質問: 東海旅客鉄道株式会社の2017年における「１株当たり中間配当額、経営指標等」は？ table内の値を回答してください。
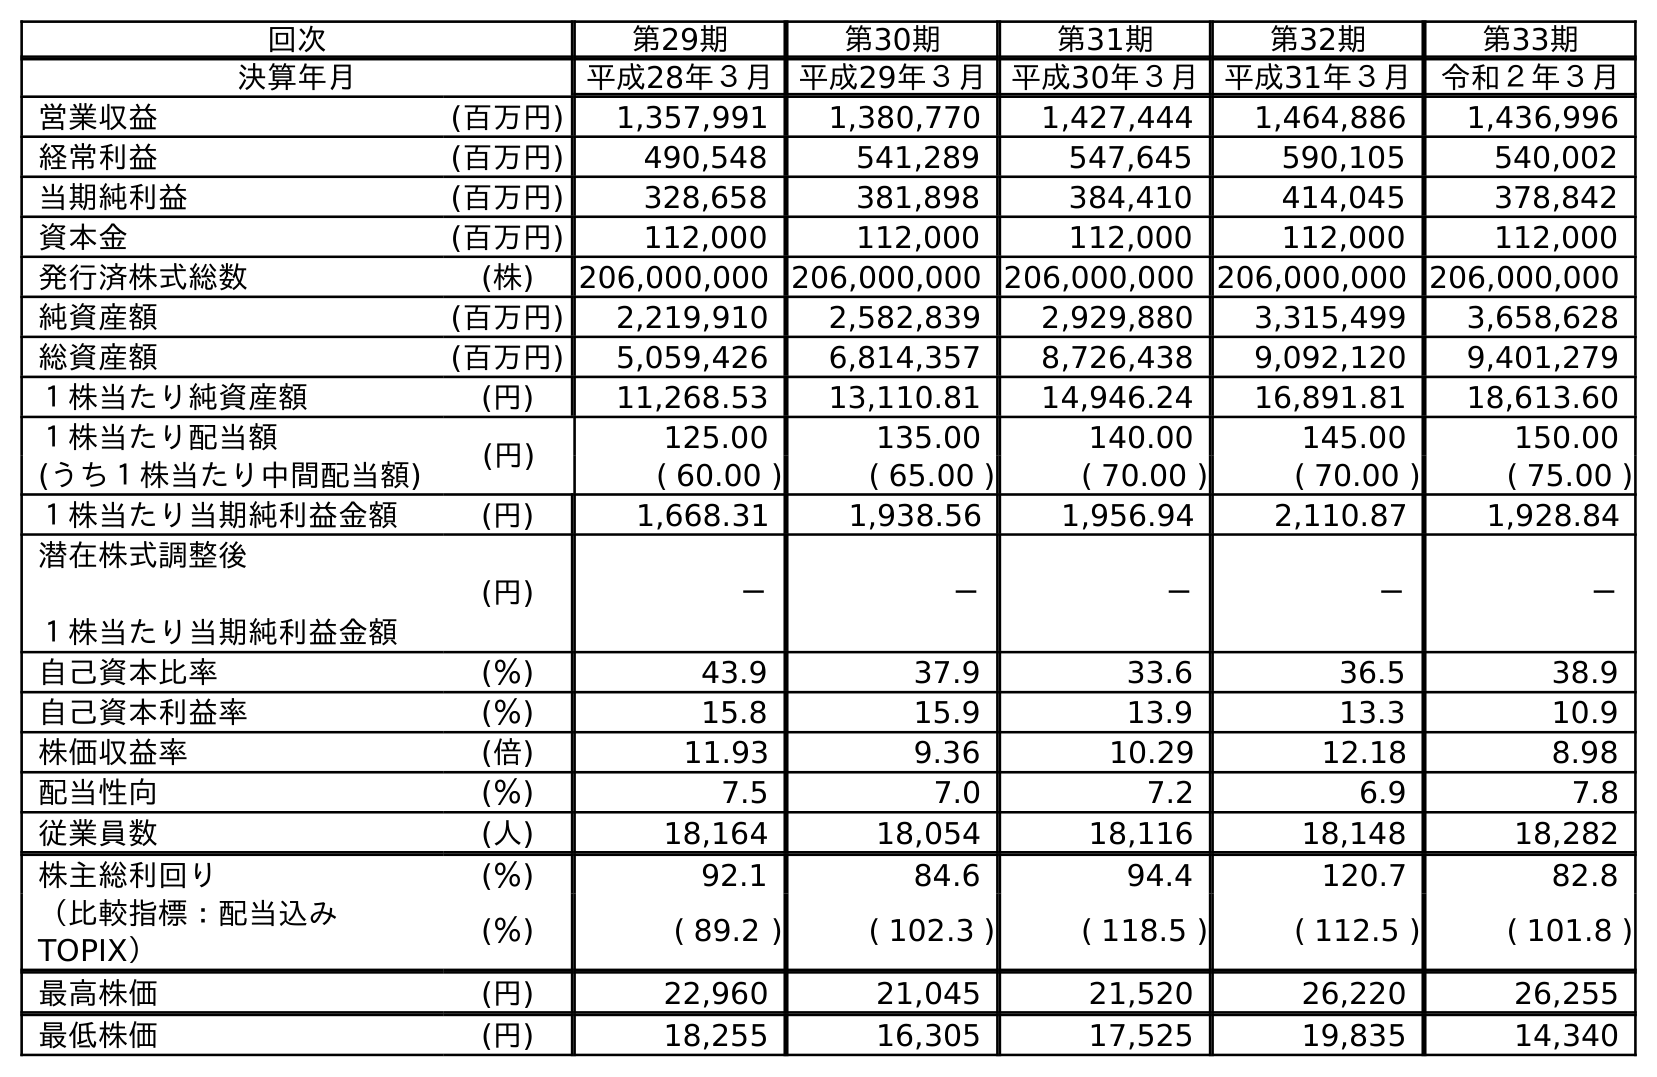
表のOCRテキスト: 回次 第29期 第30期 第31期 第32期 第33期 決算年月 平成28年３月 平成29年３月 平成30年３月 平成31年３月 令和２年３月 営業収益 (百万円) 1,357,991 1,380,770 1,427,444 1,464,886 1,436,996 経常利益 (百万円) 490,548 541,289 547,645 590,105 540,002 当期純利益 (百万円) 328,658 381,898 384,410 414,045 378,842 資本金 (百万円) 112,000 112,000 112,000 112,000 112,000 発行済株式総数 (株) 206,000,000 206,000,000 206,000,000 206,000,000 206,000,000 純資産額 (百万円) 2,219,910 2,582,839 2,929,880 3,315,499 3,658,628 総資産額 (百万円) 5,059,426 6,814,357 8,726,438 9,092,120 9,401,279 １株当たり純資産額 (円) 11,268.53 13,110.81 14,946.24 16,891.81 18,613.60 １株当たり配当額 (円) 125.00 135.00 140.00 145.00 150.00 (うち１株当たり中間配当額) ( 60.00 ) ( 65.00 ) ( 70.00 ) ( 70.00 ) ( 75.00 ) １株当たり当期純利益金額 (円) 1,668.31 1,938.56 1,956.94 2,110.87 1,928.84 潜在株式調整後 １株当たり当期純利益金額 (円) － － － － － 自己資本比率 (％) 43.9 37.9 33.6 36.5 38.9 自己資本利益率 (％) 15.8 15.9 13.9 13.3 10.9 株価収益率 (倍) 11.93 9.36 10.29 12.18 8.98 配当性向 (％) 7.5 7.0 7.2 6.9 7.8 従業員数 (人) 18,164 18,054 18,116 18,148 18,282 株主総利回り (％) 92.1 84.6 94.4 120.7 82.8 （比較指標：配当込み TOPIX） (％) ( 89.2 ) ( 102.3 ) ( 118.5 ) ( 112.5 ) ( 101.8 ) 最高株価 (円) 22,960 21,045 21,520 26,220 26,255 最低株価 (円) 18,255 16,305 17,525 19,835 14,340
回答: (65.00)